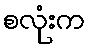
စလုံးက